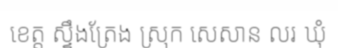
ខេត្ត ស្ទឹងត្រែង ស្រុក សេសាន លរ ឃុំ